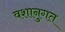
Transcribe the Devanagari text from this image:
वशानुगत